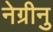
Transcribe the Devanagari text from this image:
नेग्रीनु